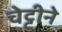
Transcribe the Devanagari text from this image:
चेट्टीने